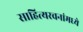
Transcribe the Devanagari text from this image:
साहित्यरचनांमध्ये